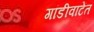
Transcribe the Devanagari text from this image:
गांडीवाटेंत